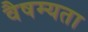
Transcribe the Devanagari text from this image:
वैषम्यता